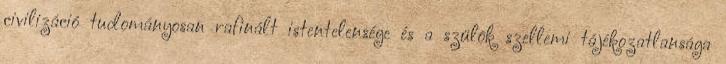
civilizáció tudományosan rafinált istentelensége és a szülõk szellemi tájékozatlansága